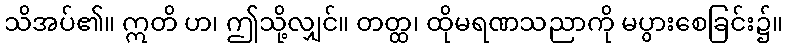
သိအပ်၏။ ဣတိ ဟ၊ ဤသို့လျှင်။ တတ္ထ၊ ထိုမရဏသညာကို မပွားစေခြင်း၌။